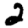
Digit: 2